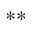
^ { \ast \ast }